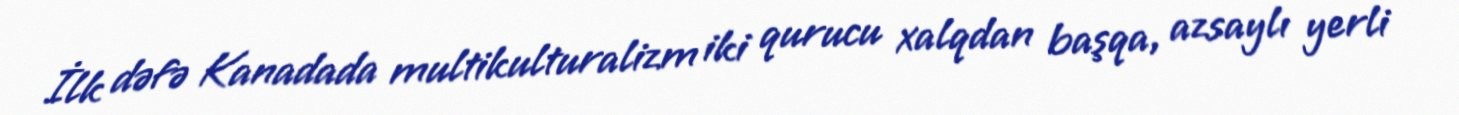
İlk dəfə Kanadada multikulturalizm iki qurucu xalqdan başqa, azsaylı yerli